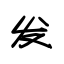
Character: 发